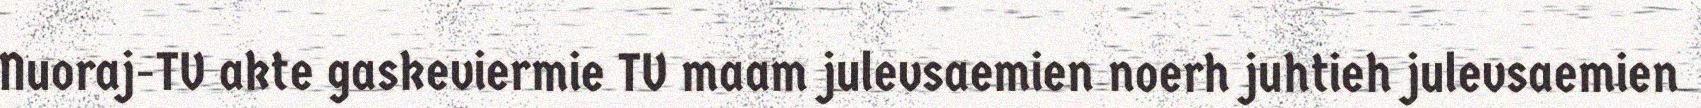
Nuoraj-TV akte gaskeviermie TV maam julevsaemien noerh juhtieh julevsaemien